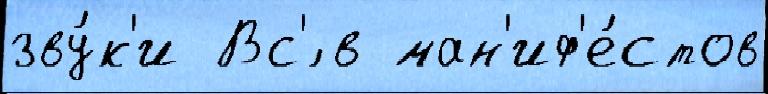
зву́к'и Вс'́ в ман'иф'е́стов